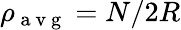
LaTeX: \rho_{\mathrm{~a~v~g~}}=N/2R